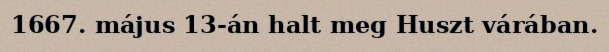
1667. május 13-án halt meg Huszt várában.